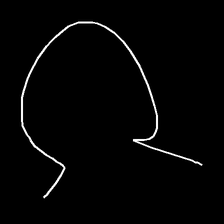
Glyph: weave